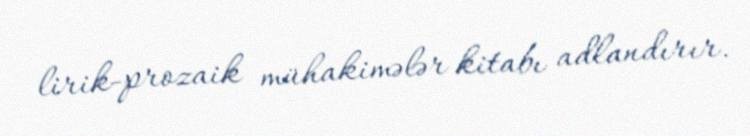
lirik-prozaik mühakimələr kitabı adlandırır.